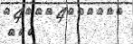
١٠٠